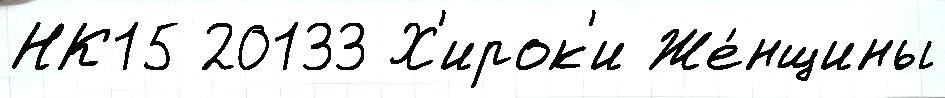
НК15 20133 Х'ирок'и Же́нщины